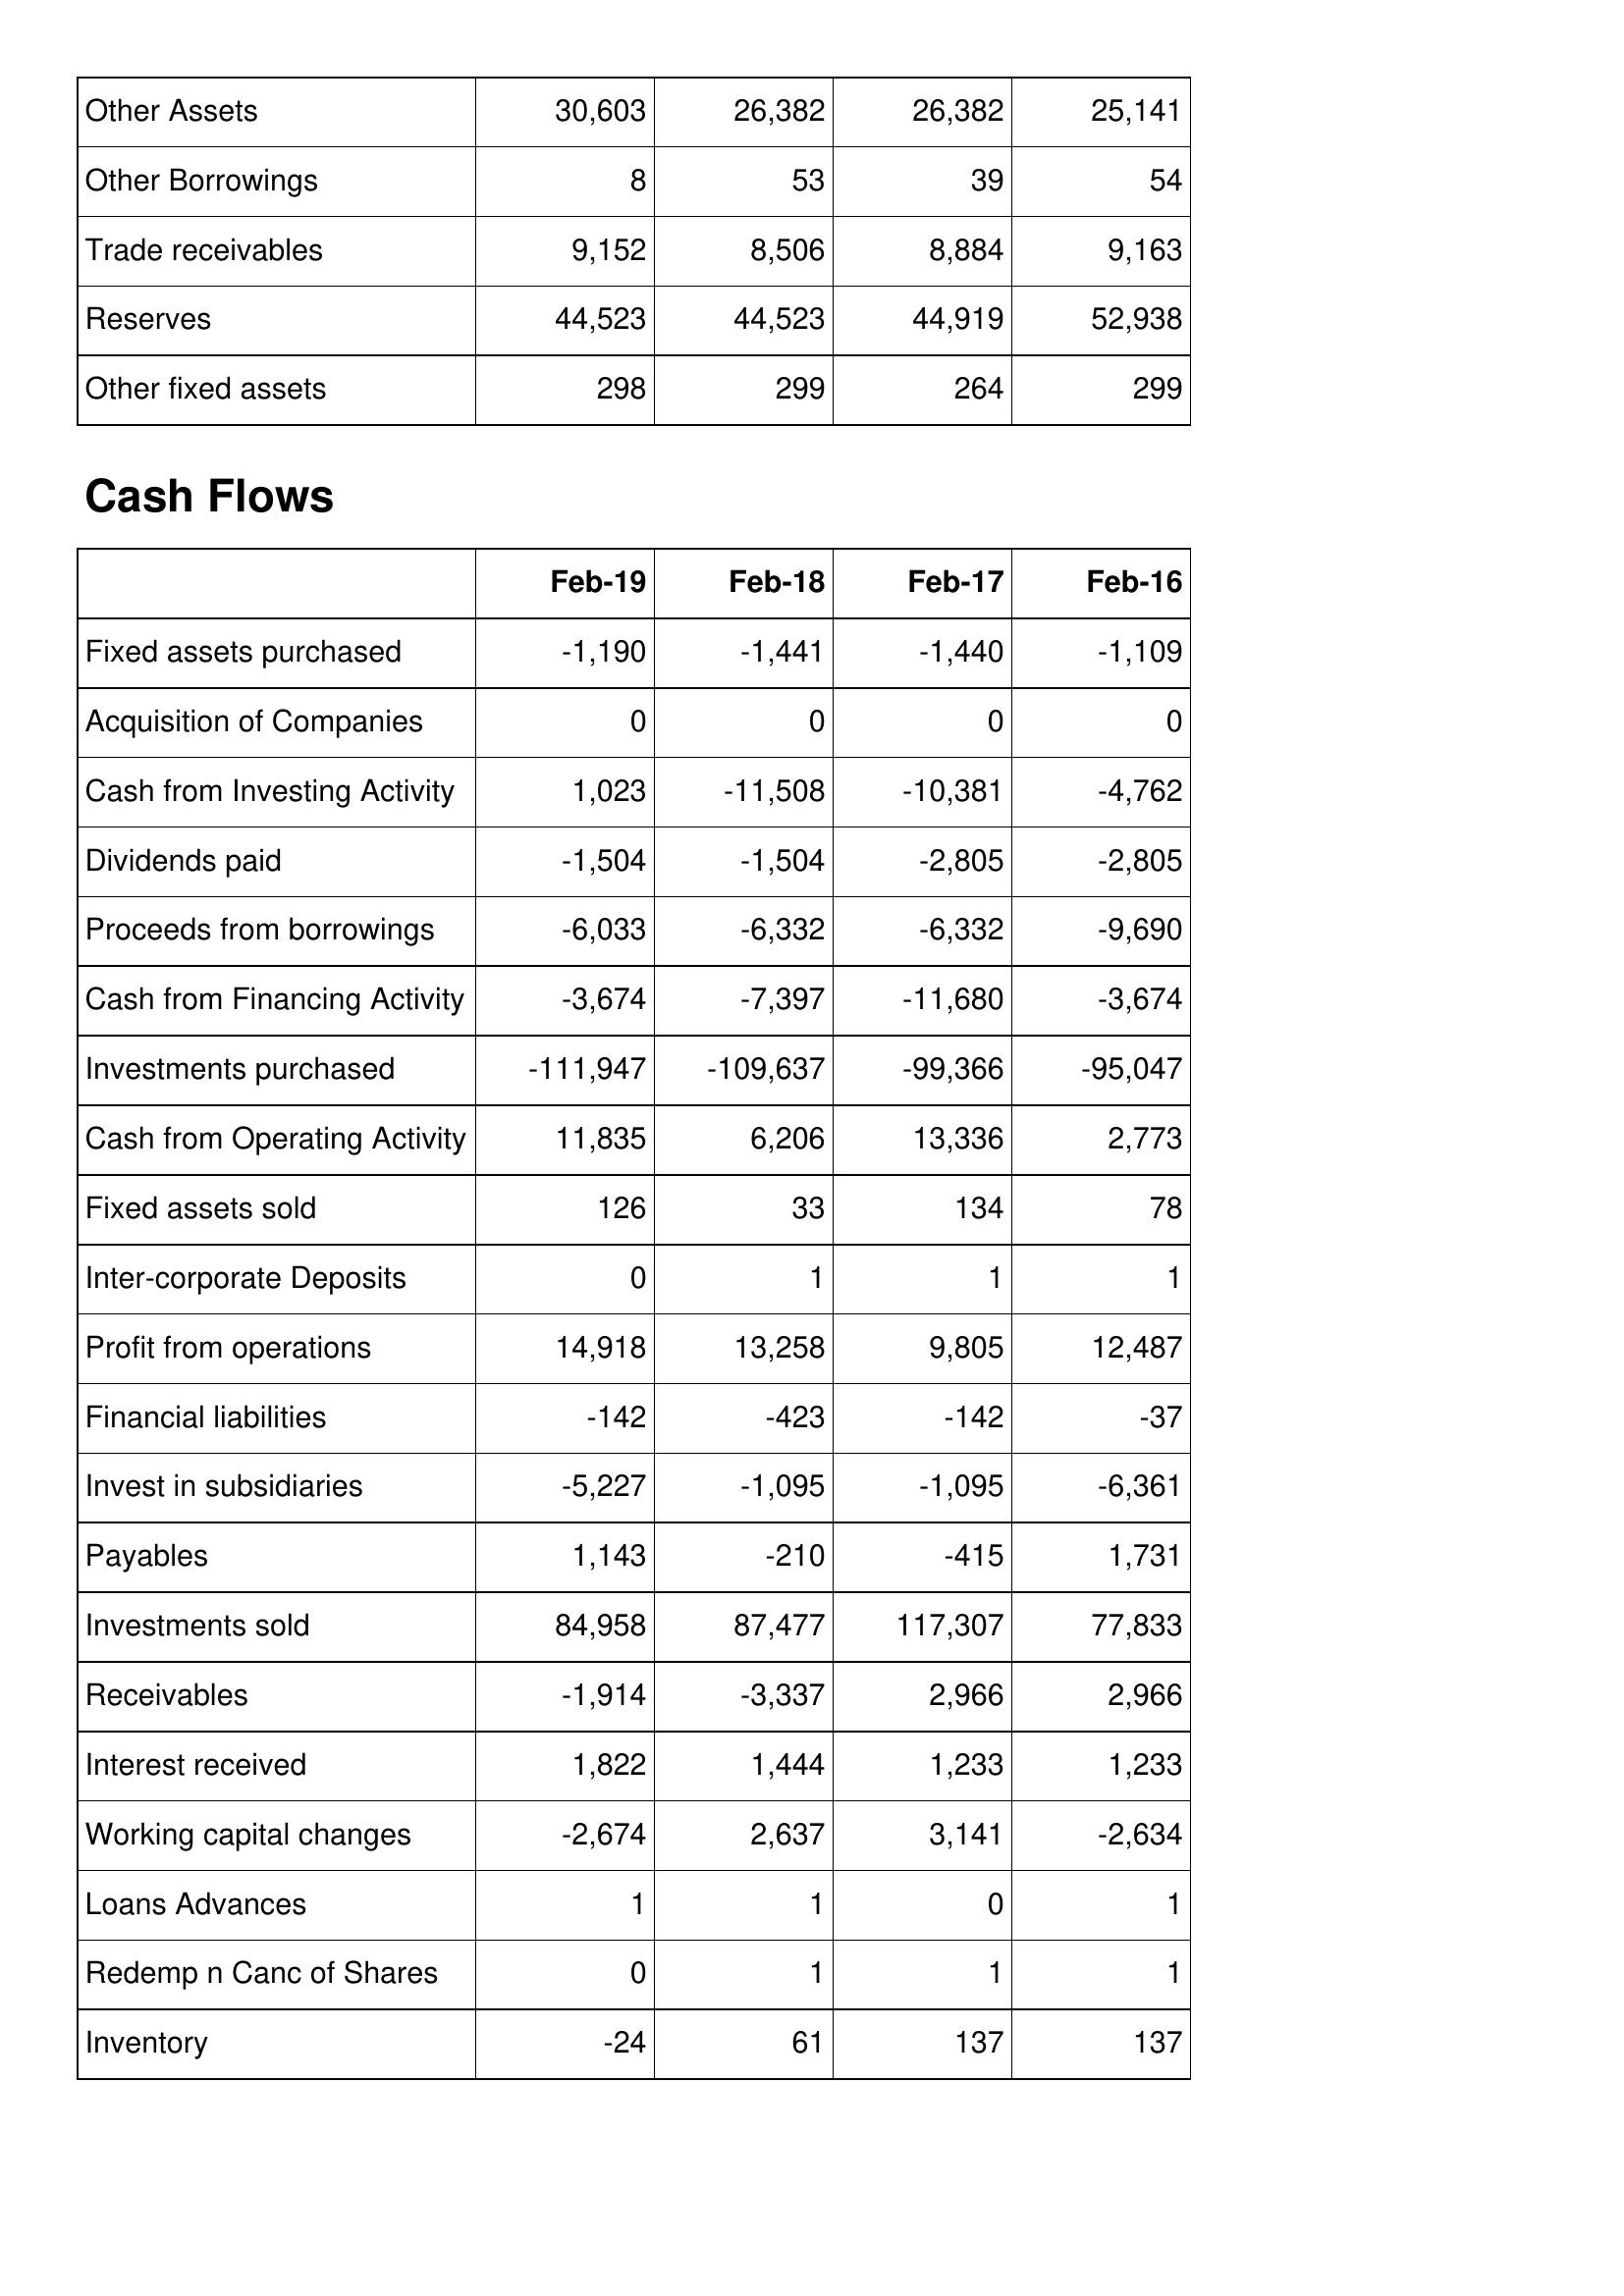
Feb-19: Balance Sheet: Other Assets: 30,603
Other Borrowings: 8
Trade receivables: 9,152
Reserves: 44,523
Other fixed assets: 298
Cash Flows: Fixed assets purchased: -1,190
Acquisition of Companies: 0
Cash from Investing Activity: 1,023
Dividends paid: -1,504
Proceeds from borrowings: -6,033
Cash from Financing Activity: -3,674
Investments purchased: -111,947
Cash from Operating Activity: 11,835
Fixed assets sold: 126
Inter-corporate Deposits: 0
Profit from operations: 14,918
Financial liabilities: -142
Invest in subsidiaries: -5,227
Payables: 1,143
Investments sold: 84,958
Receivables: -1,914
Interest received: 1,822
Working capital changes: -2,674
Loans Advances: 1
Redemp n Canc of Shares: 0
Inventory: -24
Feb-18: Balance Sheet: Other Assets: 26,382
Other Borrowings: 53
Trade receivables: 8,506
Reserves: 44,523
Other fixed assets: 299
Cash Flows: Fixed assets purchased: -1,441
Acquisition of Companies: 0
Cash from Investing Activity: -11,508
Dividends paid: -1,504
Proceeds from borrowings: -6,332
Cash from Financing Activity: -7,397
Investments purchased: -109,637
Cash from Operating Activity: 6,206
Fixed assets sold: 33
Inter-corporate Deposits: 1
Profit from operations: 13,258
Financial liabilities: -423
Invest in subsidiaries: -1,095
Payables: -210
Investments sold: 87,477
Receivables: -3,337
Interest received: 1,444
Working capital changes: 2,637
Loans Advances: 1
Redemp n Canc of Shares: 1
Inventory: 61
Feb-17: Balance Sheet: Other Assets: 26,382
Other Borrowings: 39
Trade receivables: 8,884
Reserves: 44,919
Other fixed assets: 264
Cash Flows: Fixed assets purchased: -1,440
Acquisition of Companies: 0
Cash from Investing Activity: -10,381
Dividends paid: -2,805
Proceeds from borrowings: -6,332
Cash from Financing Activity: -11,680
Investments purchased: -99,366
Cash from Operating Activity: 13,336
Fixed assets sold: 134
Inter-corporate Deposits: 1
Profit from operations: 9,805
Financial liabilities: -142
Invest in subsidiaries: -1,095
Payables: -415
Investments sold: 117,307
Receivables: 2,966
Interest received: 1,233
Working capital changes: 3,141
Loans Advances: 0
Redemp n Canc of Shares: 1
Inventory: 137
Feb-16: Balance Sheet: Other Assets: 25,141
Other Borrowings: 54
Trade receivables: 9,163
Reserves: 52,938
Other fixed assets: 299
Cash Flows: Fixed assets purchased: -1,109
Acquisition of Companies: 0
Cash from Investing Activity: -4,762
Dividends paid: -2,805
Proceeds from borrowings: -9,690
Cash from Financing Activity: -3,674
Investments purchased: -95,047
Cash from Operating Activity: 2,773
Fixed assets sold: 78
Inter-corporate Deposits: 1
Profit from operations: 12,487
Financial liabilities: -37
Invest in subsidiaries: -6,361
Payables: 1,731
Investments sold: 77,833
Receivables: 2,966
Interest received: 1,233
Working capital changes: -2,634
Loans Advances: 1
Redemp n Canc of Shares: 1
Inventory: 137